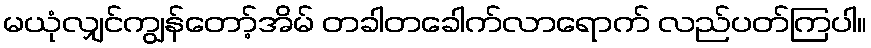
မယုံလျှင်ကျွန်တော့်အိမ် တခါတခေါက်လာရောက် လည်ပတ်ကြပါ။